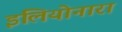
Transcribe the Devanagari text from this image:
इलियोनारा